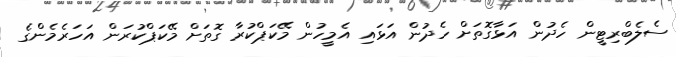
ސެލެބްރިޓީން ހެދުން އަޅާގޮތަށް ހެދުން އަޅައި އެމީހުން މޭކަޕްކުރާ ގޮތަށް މޭކަޕްކުރަން އަހަރެމެންގެ